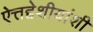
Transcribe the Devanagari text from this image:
ऐत्तद्देशीयांशी